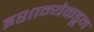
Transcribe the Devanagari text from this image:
इशान्येकडून